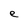
Character: e